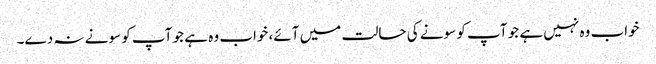
خواب وہ نہیں ہے جو آپ کو سونے کی حالت میں آئے، خواب وہ ہے جو آپ کو سونے نہ دے۔